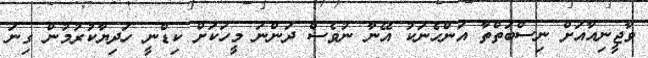
ވާޖީނިއާއަށް ނިސްބަތްތާ އަންހެނަކު އޭނާ ނުވެސް ދަންނަ މީހަކަށް ކިޑްނީ ހަދިޔާކުރުމުން ގިނަ